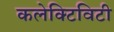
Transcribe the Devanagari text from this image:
कलेक्टिविटी